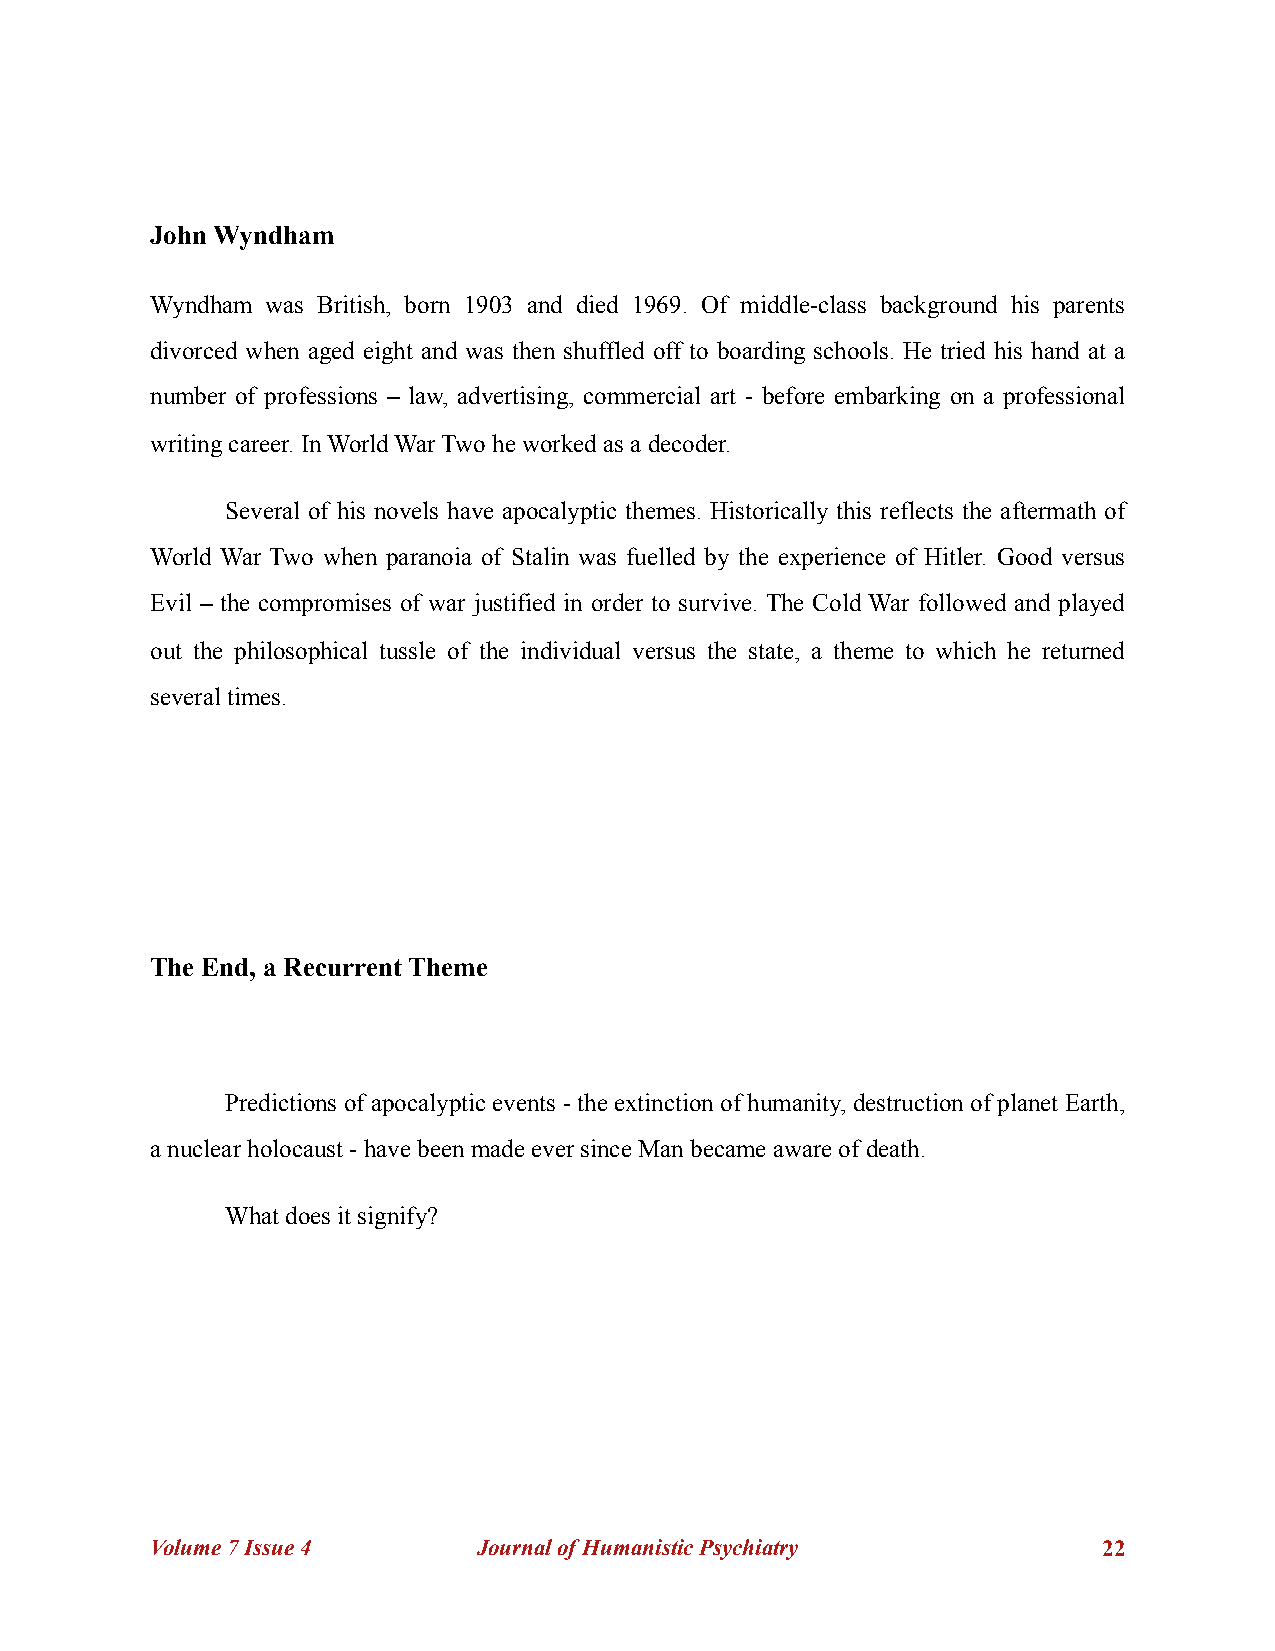
John Wyndham
 Wyndham was British, born 1903 and died 1969. Of middle-class background his parents
 divorced when aged eight and was then shuffled off to boarding schools. He tried his hand at a
 number of professions – law, advertising, commercial art - before embarking on a professional
 writing career. In World War Two he worked as a decoder.
 Several of his novels have apocalyptic themes. Historically this reflects the aftermath of
 World War Two when paranoia of Stalin was fuelled by the experience of Hitler. Good versus
 Evil – the compromises of war justified in order to survive. The Cold War followed and played
 out the philosophical tussle of the individual versus the state, a theme to which he returned
 several times.
 The End, a Recurrent Theme
 Predictions of apocalyptic events - the extinction of humanity, destruction of planet Earth,
 a nuclear holocaust - have been made ever since Man became aware of death.
 What does it signify?
 Volume 7 Issue 4      Journal of Humanistic Psychiatry         !22